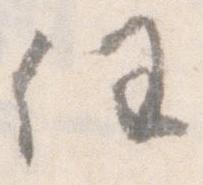
任